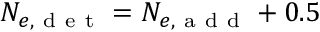
N _ { e , \mathrm { ~ d ~ e ~ t ~ } } = N _ { e , \mathrm { ~ a ~ d ~ d ~ } } + 0 . 5